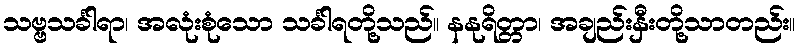
သဗ္ဗသင်္ခါရာ၊ အလုံးစုံသော သင်္ခါရတို့သည်။ နနုရိတ္တာ၊ အချည်းနှီးတို့သာတည်း။